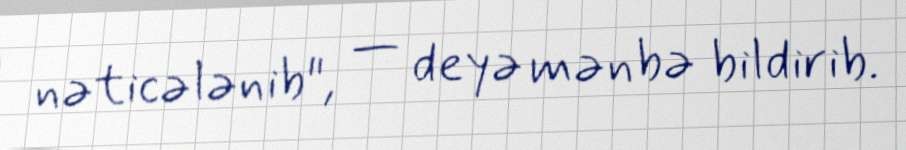
nəticələnib", — deyə mənbə bildirib.